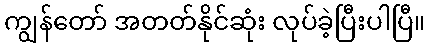
ကျွန်တော် အတတ်နိုင်ဆုံး လုပ်ခဲ့ပြီးပါပြီ။